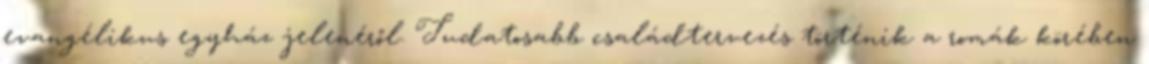
evangélikus egyház jelenéről. Tudatosabb családtervezés történik a romák körében